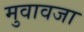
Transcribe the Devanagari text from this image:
मुवावजा